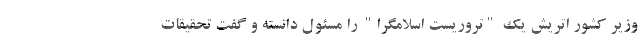
وزیر کشور اتریش یک "تروریست‌ اسلامگرا" را مسئول دانسته و گفت تحقیقات